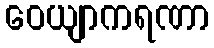
ဝေယျာကရဏာ